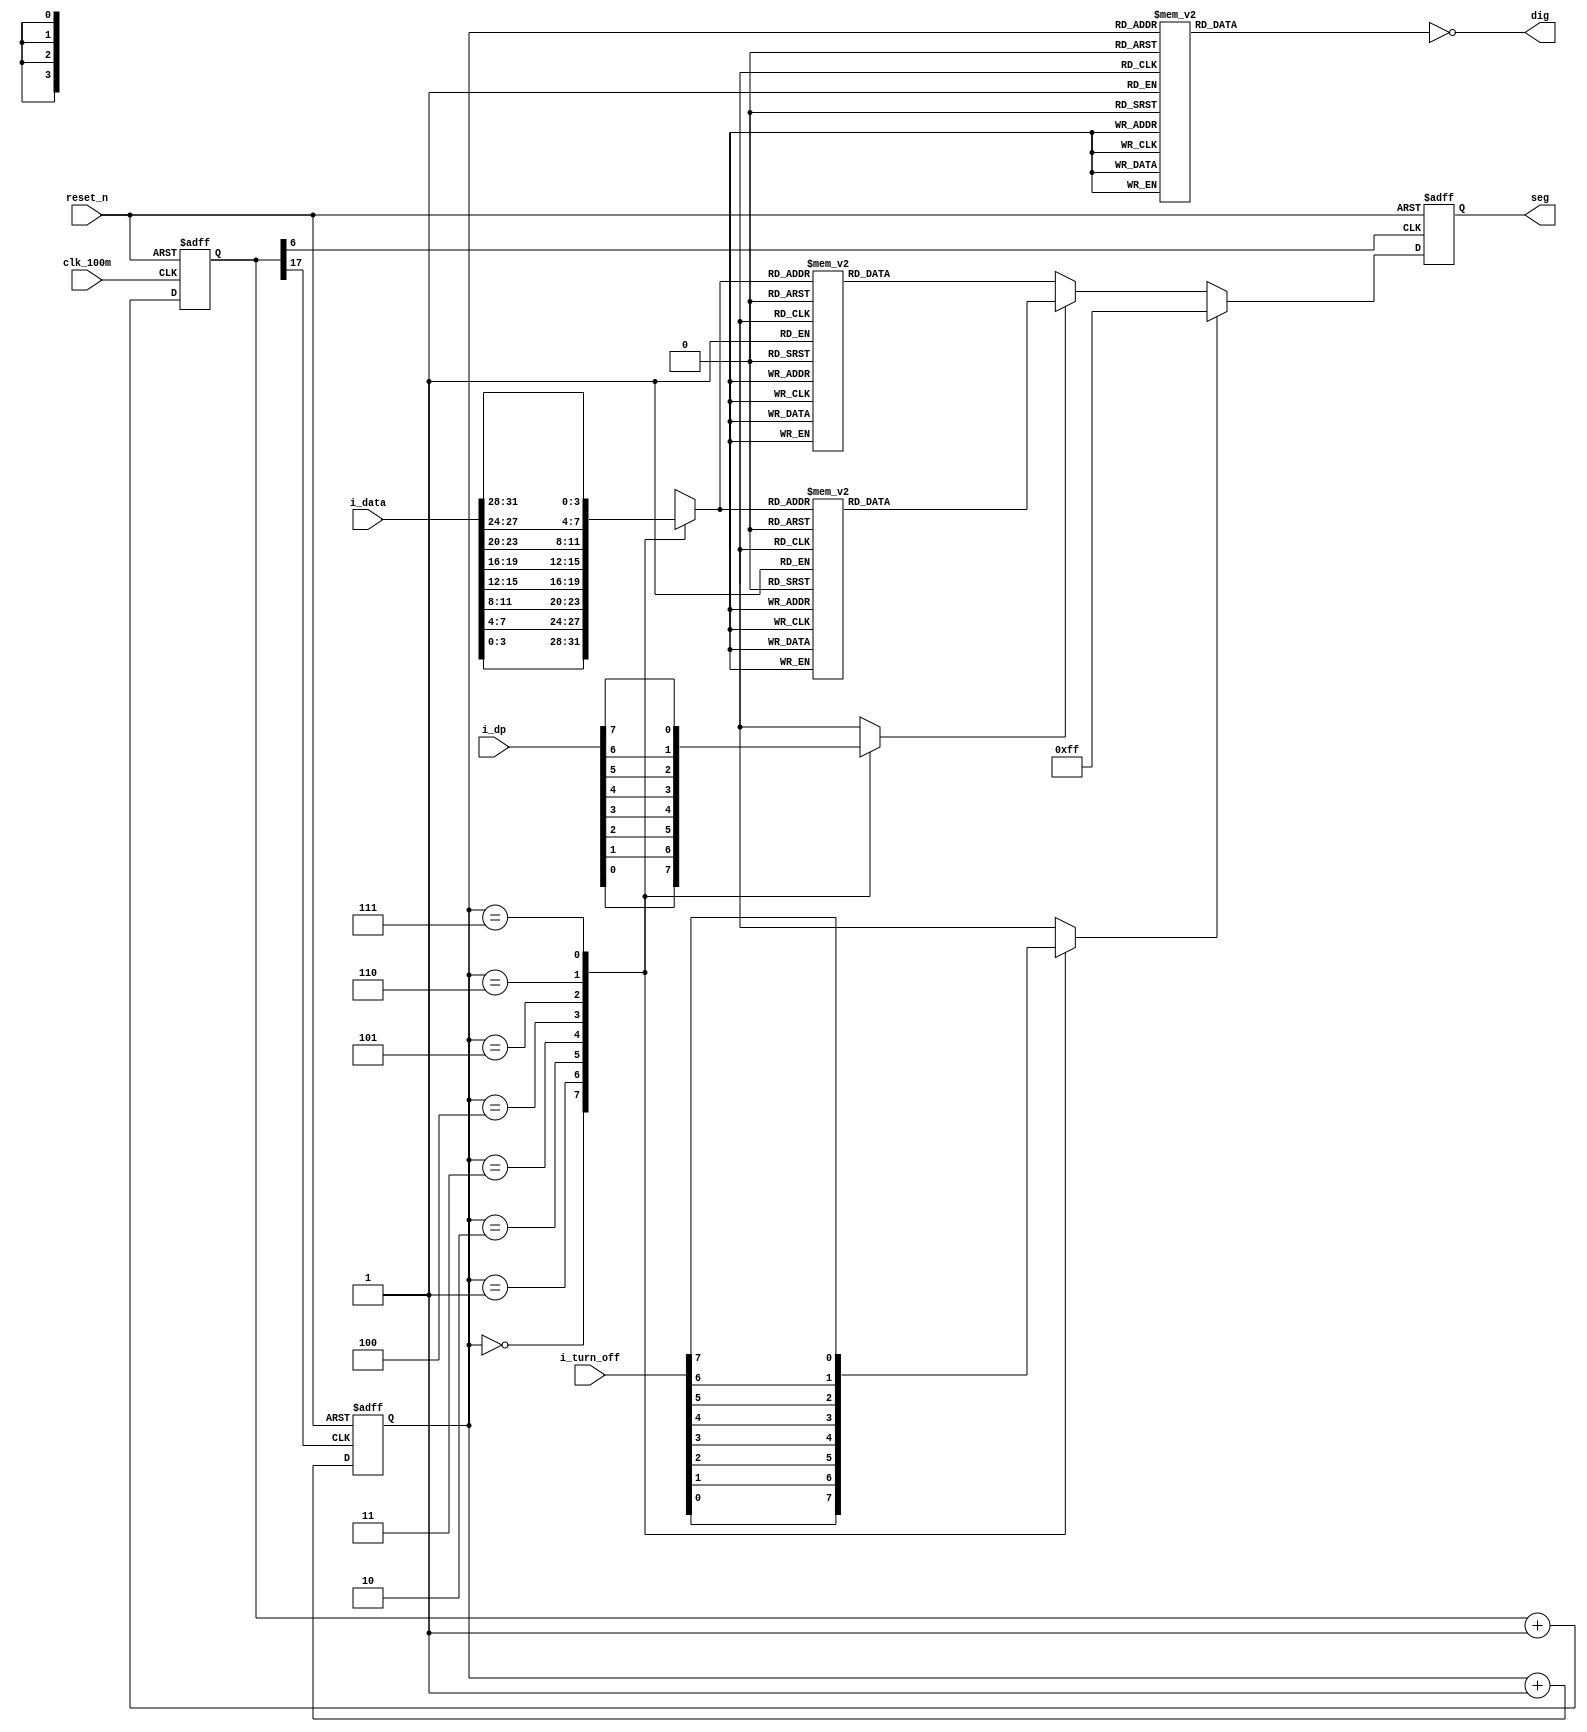
module seg7x8(
	input clk_100m,
	input reset_n,
	input [7:0] i_turn_off,
	input [7:0] i_dp,
	input [31:0] i_data,
	output [7:0] seg,
	output [7:0] dig
	);
	
	reg [17:0] cnt;
	
	always @ (posedge clk_100m, negedge reset_n)
		if (!reset_n) cnt <= 0;
		else cnt <= cnt + 1'b1;
	
	//++++++++++++++++++++++++++++++++++++++
	// seg7_addr
	//++++++++++++++++++++++++++++++++++++++
	wire seg7_clk = cnt[17];
				// (2^18/100M = 2.6114)ms
	wire disp_clk=cnt[6];
	reg [2:0] seg7_addr; // there are 8 7-seg
	
	always @ (posedge seg7_clk, negedge reset_n)
		if (!reset_n) seg7_addr <= 0;
		else seg7_addr <= seg7_addr + 1'b1;
	//++++++++++++++++++++++++++++++++++++++
	// seg7_addr
	//++++++++++++++++++++++++++++++++++++++
		reg [7:0] o_dig_r; //position of output segment
	// SEG7
		always
			case (seg7_addr)
				0 : o_dig_r = 8'b0000_0001; //rightmost seg
				1 : o_dig_r = 8'b0000_0010;
				2 : o_dig_r = 8'b0000_0100;
				3 : o_dig_r = 8'b0000_1000;
				4 : o_dig_r = 8'b0001_0000;
				5 : o_dig_r = 8'b0010_0000;
				6 : o_dig_r = 8'b0100_0000;
				7 : o_dig_r = 8'b1000_0000; //leftmost seg
			endcase
		reg turn_off_r;
		always
			case (seg7_addr)
				0 : turn_off_r = i_turn_off[0];
				1 : turn_off_r = i_turn_off[1];
				2 : turn_off_r = i_turn_off[2];
				3 : turn_off_r = i_turn_off[3];
				4 : turn_off_r = i_turn_off[4];
				5 : turn_off_r = i_turn_off[5];
				6 : turn_off_r = i_turn_off[6];
				7 : turn_off_r = i_turn_off[7];
			endcase
	//++++++++++++++++++++++++++++++++++++++
		reg dp_r; //if use digit point
		always
			case (seg7_addr)
				0 : dp_r = i_dp[0];
				1 : dp_r = i_dp[1];
				2 : dp_r = i_dp[2];
				3 : dp_r = i_dp[3];
				4 : dp_r = i_dp[4];
				5 : dp_r = i_dp[5];
				6 : dp_r = i_dp[6];
				7 : dp_r = i_dp[7];
			endcase
		reg [3:0] seg_data_r; //data which come out at selected segment
		always
			case (seg7_addr)
				0 : seg_data_r = i_data[3:0];
				1 : seg_data_r = i_data[7:4];
				2 : seg_data_r = i_data[11:8];
				3 : seg_data_r = i_data[15:12];
				4 : seg_data_r = i_data[19:16];
				5 : seg_data_r = i_data[23:20];
				6 : seg_data_r = i_data[27:24];
				7 : seg_data_r = i_data[31:28];
			endcase
	//--------------------------------------
	reg [7:0] o_seg_r;
	/*
				0
			 -------
			| 		|
		  5 |   6   | 1
			 -------
			|       |
		  4 |       | 2
			 ------- .7
				3
	*/ 
	always @ (posedge disp_clk, negedge reset_n)
		if (!reset_n) o_seg_r <= 8'hFF;
		else if (turn_off_r) o_seg_r <= 8'hFF;
		else if (!dp_r) //using no dp
			case (seg_data_r)
				4'h0 : o_seg_r <= 8'hC0;
				4'h1 : o_seg_r <= 8'hF9;
				4'h2 : o_seg_r <= 8'hA4;
				4'h3 : o_seg_r <= 8'hB0;
				4'h4 : o_seg_r <= 8'h99;
				4'h5 : o_seg_r <= 8'h92;
				4'h6 : o_seg_r <= 8'h82;
				4'h7 : o_seg_r <= 8'hF8;
				4'h8 : o_seg_r <= 8'h80;
				4'h9 : o_seg_r <= 8'h90;
				4'hA : o_seg_r <= 8'h88;
				4'hB : o_seg_r <= 8'h83;
				4'hC : o_seg_r <= 8'hC6;
				4'hD : o_seg_r <= 8'hA1;
				4'hE : o_seg_r <= 8'h86;
				4'hF : o_seg_r <= 8'h8E;
			endcase
		else case (seg_data_r)
			4'h0 : o_seg_r <= 8'hC0 ^ 8'h80;
			4'h1 : o_seg_r <= 8'hF9 ^ 8'h80;
			4'h2 : o_seg_r <= 8'hA4 ^ 8'h80;
			4'h3 : o_seg_r <= 8'hB0 ^ 8'h80;
			4'h4 : o_seg_r <= 8'h99 ^ 8'h80;
			4'h5 : o_seg_r <= 8'h92 ^ 8'h80;
			4'h6 : o_seg_r <= 8'h82 ^ 8'h80;
			4'h7 : o_seg_r <= 8'hF8 ^ 8'h80;
			4'h8 : o_seg_r <= 8'h80 ^ 8'h80;
			4'h9 : o_seg_r <= 8'h90 ^ 8'h80;
			4'hA : o_seg_r <= 8'h88 ^ 8'h80;
			4'hB : o_seg_r <= 8'h83 ^ 8'h80;
			4'hC : o_seg_r <= 8'hC6 ^ 8'h80;
			4'hD : o_seg_r <= 8'hA1 ^ 8'h80;
			4'hE : o_seg_r <= 8'h86 ^ 8'h80;
			4'hF : o_seg_r <= 8'h8E ^ 8'h80;
		endcase
	assign dig = ~o_dig_r; //segment on when low
	assign seg = o_seg_r;//common anode
endmodule